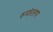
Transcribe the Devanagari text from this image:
रूपांरतण